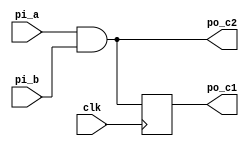
// 
module a_and_b(
    input   wire        clk,
    input   wire        pi_a,
    input   wire        pi_b,
    output  reg         po_c1,
    output  wire        po_c2
);
// alwaysposedgenegedge <=
// assign

always @(posedge clk)begin
    po_c1 <= pi_a & pi_b;
end

assign po_c2 = pi_a & pi_b;


endmodule